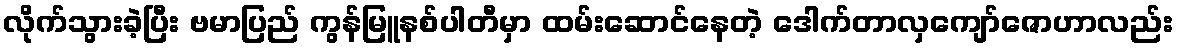
လိုက်သွားခဲ့ပြီး ဗမာပြည် ကွန်မြူနစ်ပါတီမှာ ထမ်းဆောင်နေတဲ့ ဒေါက်တာလှကျော်ဇောဟာလည်း